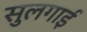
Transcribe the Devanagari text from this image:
सुलगाई